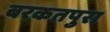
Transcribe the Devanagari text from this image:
बरकतपुरा